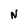
Character: N